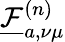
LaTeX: \underline{{\mathcal{F}}}_{a,\nu\mu}^{(n)}